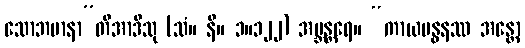
သောဘမာနာ”တိအာဒီသု (သံ။ နိ။ ၁။၁၂၂) အဗ္ဘန္တရေ။ “ကာယဗန္ဓနဿ အန္တော